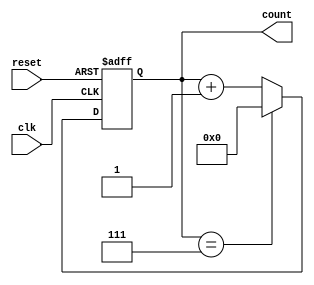
module mod_n_counter #(parameter N = 8) (
    input wire clk,         // Clock input
    input wire reset,       // Asynchronous reset input
    output reg [N-1:0] count // Count output
);

    // Calculate the number of flip-flops needed
    localparam FLIP_FLOP_COUNT = $clog2(N);

    // Asynchronous reset and counting logic
    always @(posedge clk or posedge reset) begin
        if (reset) begin
            count <= 0; // Reset count to 0
        end else begin
            if (count == N-1) begin
                count <= 0; // Wrap around to 0
            end else begin
                count <= count + 1; // Increment count
            end
        end
    end

endmodule